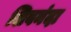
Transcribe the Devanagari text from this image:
शिवनंदा